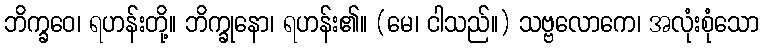
ဘိက္ခဝေ၊ ရဟန်းတို့။ ဘိက္ခုနော၊ ရဟန်း၏။ (မေ၊ ငါသည်။) သဗ္ဗလောကေ၊ အလုံးစုံသော